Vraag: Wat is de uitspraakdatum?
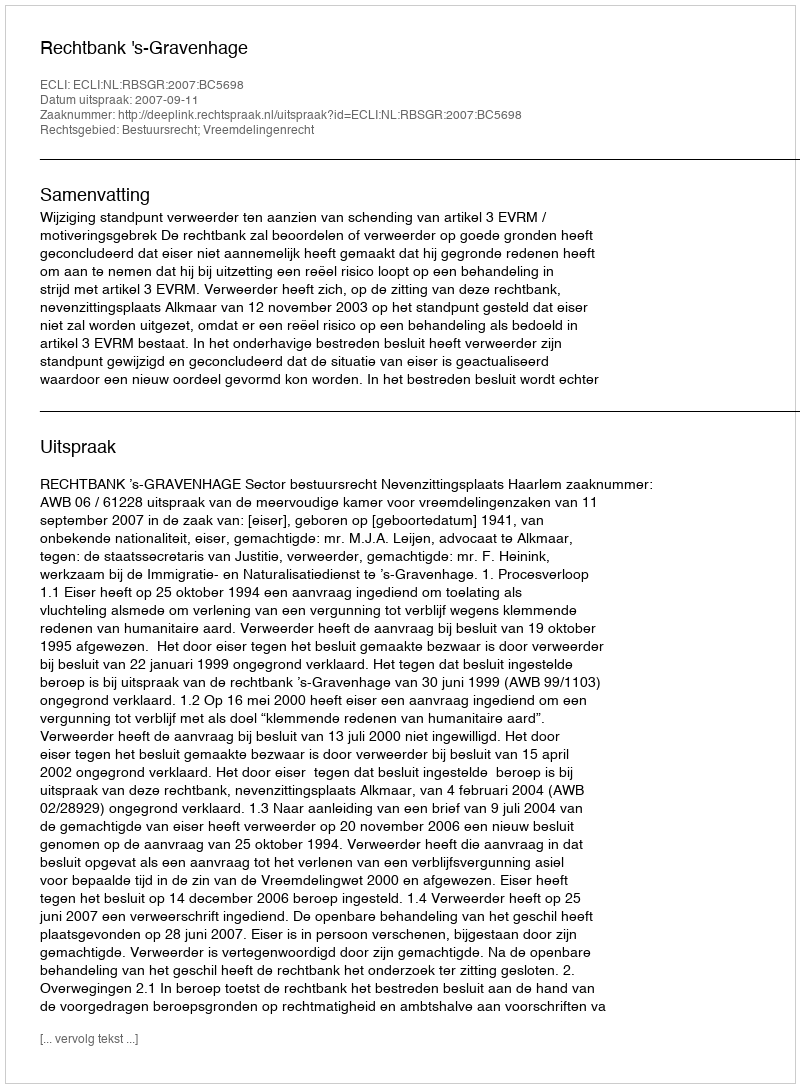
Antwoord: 2007-09-11